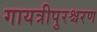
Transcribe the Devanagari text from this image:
गायत्रीपुरश्चरण